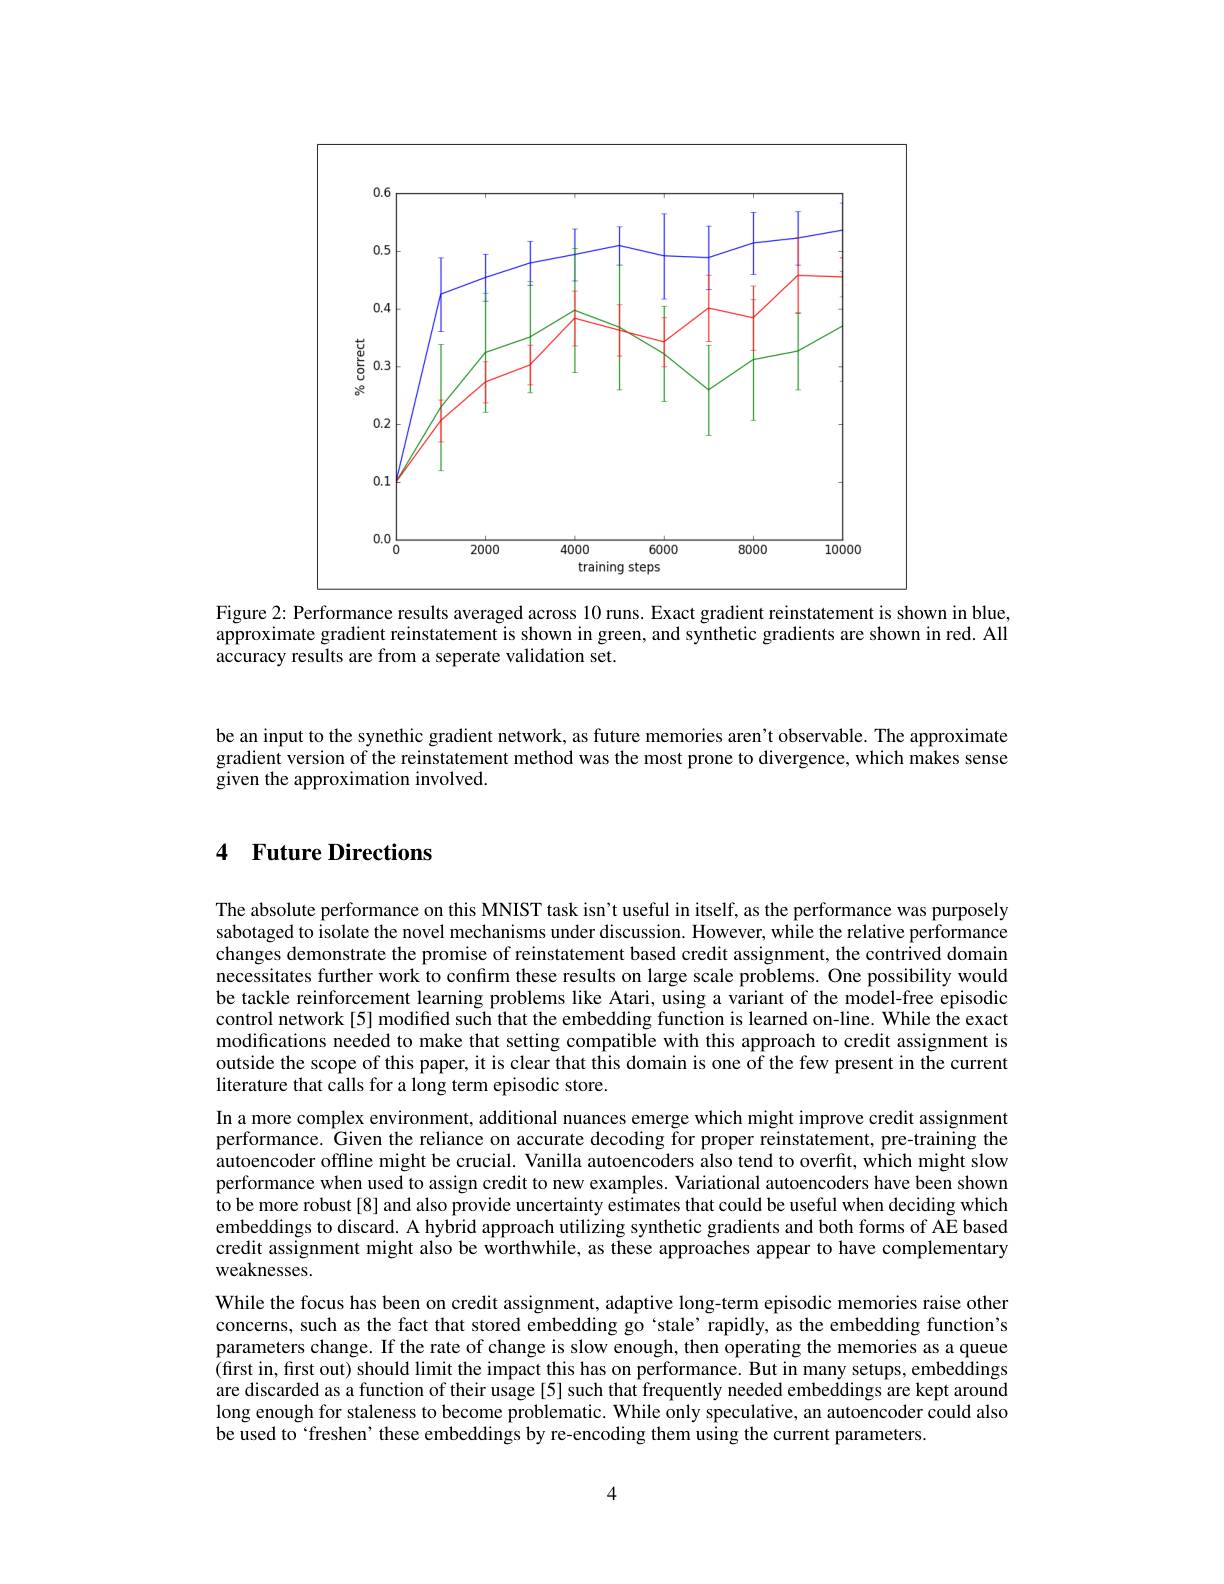
<FigureHere>

Figure 2: Performance results averaged across 10 runs. Exact gradient reinstatement is shown in blue, approximate gradient reinstatement is shown in green, and synthetic gradients are shown in red. All accuracy results are from a seperate validation set.

be an input to the synethic gradient network, as future memories aren't observable. The approximate gradient version of the reinstatement method was the most prone to divergence, which makes sense given the approximation involved.

## 4 Future Directions

The absolute performance on this MNIST task isn't useful in itself, as the performance was purposely sabotaged to isolate the novel mechanisms under discussion. However, while the relative performance changes demonstrate the promise of reinstatement based credit assignment, the contrived domain necessitates further work to confırm these results on large scale problems. One possibility would be tackle reinforcement learning problems like Atari, using a variant of the model-free episodic control network[5] modified such that the embedding function is learned on-line. While the exact modifications needed to make that setting compatible with this approach to credit assignment is outside the scope of this paper, it is clear that this domain is one of the few present in the current literature that calls for a long term episodic store.
In a more complex environment, additional nuances emerge which might improve credit assignment performance. Given the reliance on accurate decoding for proper reinstatement, pre-training the autoencoder offline might be crucial. Vanilla autoencoders also tend to overfit, which might slow performance when used to assign credit to new examples. Variational autoencoders have been shown to be more robust[8] and also provide uncertainty estimates that could be useful when deciding which embeddings to discard. A hybrid approach utilizing synthetic gradients and both forms of AE based credit assignment might also be worthwhile, as these approaches appear to have complementary weaknesses.
While the focus has been on credit assignment, adaptive long-term episodic memories raise other concerns, such as the fact that stored embedding go‘stale’rapidly, as the embedding function's parameters change. If the rate of change is slow enough, then operating the memories as a queue (first in, first out) should limit the impact this has on performance. But in many setups, embeddings are discarded as a function of their usage [5] such that frequently needed embeddings are kept around long enough for staleness to become problematic. While only speculative, an autoencoder could also be used to`freshen' these embeddings by re-encoding them using the current parameters.

4